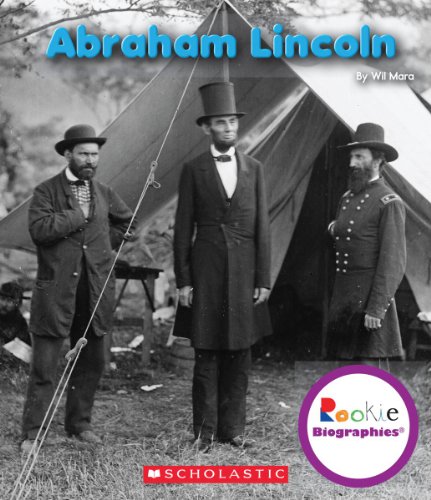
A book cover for Abraham Lincoln (Rookie Biographies); Wil Mara; Children's Books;